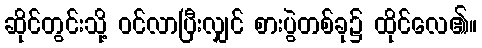
ဆိုင်တွင်းသို့ ဝင်လာပြီးလျှင် စားပွဲတစ်ခု၌ ထိုင်လေ၏။